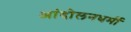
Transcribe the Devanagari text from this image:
आंदोलनधर्मी